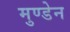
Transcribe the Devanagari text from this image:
मुण्‍डेन